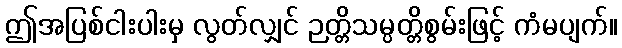
ဤအပြစ်ငါးပါးမှ လွတ်လျှင် ဉတ္တိသမ္ပတ္တိစွမ်းဖြင့် ကံမပျက်။